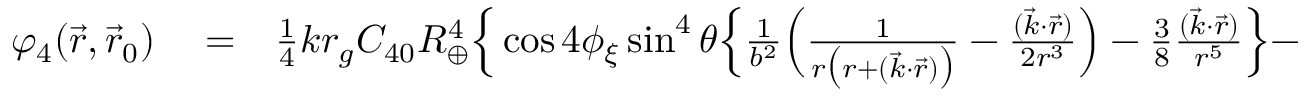
\begin{array} { r l r } { \varphi _ { 4 } ( \vec { r } , \vec { r } _ { 0 } ) } & { { } = } & { { \textstyle \frac { 1 } { 4 } } k r _ { g } C _ { 4 0 } R _ { \oplus } ^ { 4 } \Big \{ \cos 4 \phi _ { \xi } \sin ^ { 4 } \theta \Big \{ \frac { 1 } { b ^ { 2 } } \Big ( \frac { 1 } { r \big ( r + ( { \vec { k } } \cdot { \vec { r } } ) \big ) } - \frac { ( \vec { k } \cdot \vec { r } ) } { 2 r ^ { 3 } } \Big ) - { \textstyle \frac { 3 } { 8 } } \frac { ( \vec { k } \cdot \vec { r } ) } { r ^ { 5 } } \Big \} - } \end{array}